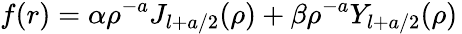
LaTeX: f(r)=\alpha\rho^{-a}J_{l+a/2}(\rho)+\beta\rho^{-a}Y_{l+a/2}(\rho)\,